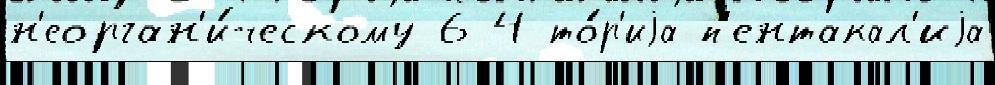
н'еорган'и́ческому 6 4 то́р'иjа-п'ентакал'иjа